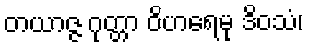
တယာဇ္ဇ ဂုတ္တာ ဝိဟရေမု ဒိဝသံ၊